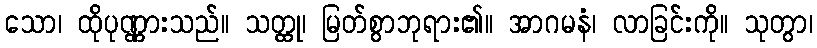
သော၊ ထိုပုဏ္ဏားသည်။ သတ္ထု၊ မြတ်စွာဘုရား၏။ အာဂမနံ၊ လာခြင်းကို။ သုတွာ၊